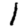
Digit: 1